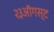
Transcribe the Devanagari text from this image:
२३ऑगस्ट